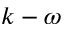
k - \omega